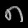
Digit: ၈